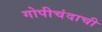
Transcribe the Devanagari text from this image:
गोपीचंदाची